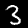
Label: 3